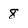
Character: 8